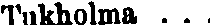
Tukholma ...